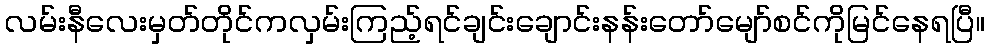
လမ်းနီလေးမှတ်တိုင်ကလှမ်းကြည့်ရင်ချင်းချောင်းနန်းတော်မျော်စင်ကိုမြင်နေရပြီ။